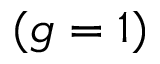
( g = 1 )